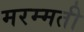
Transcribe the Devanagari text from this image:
मरम्‍मती